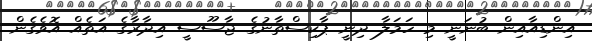
އިންޑިއާއިން ބުނަނީ މި ހަމަލާ ދިނީ ޕާކިސްތާނުގެ ޖާސޫސީ އިދާރާގެ އަތެއް އޮވެގެން